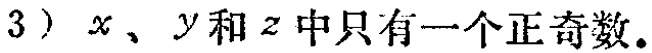
3）$x$、$y$和$z$中只有一个正奇数。